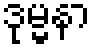
ဒုမ္မနာ